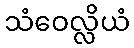
သံဝေလ္လိယံ